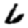
Digit: 6